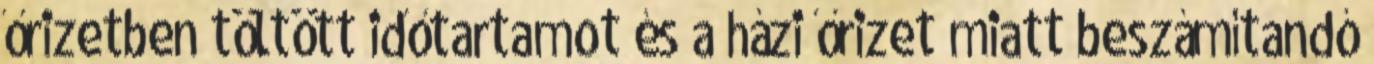
őrizetben töltött időtartamot és a házi őrizet miatt beszámítandó